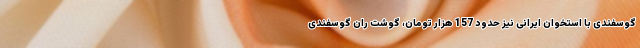
گوسفندی با استخوان ایرانی نیز حدود 157 هزار تومان، گوشت ران گوسفندی